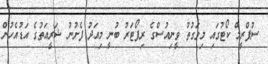
ސުޕްރީމް ކޯޓުގައި މިވަގުތު ވީނިއުސްގެ ރިޕޯޓަރު ބުނީ މިއަދު ފެށުނު ޝަރީއަތުގެ އަޑުއެހުން